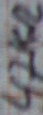
Text: 47KΩ